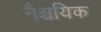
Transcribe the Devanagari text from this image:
नैश्चयिक